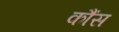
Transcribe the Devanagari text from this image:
कौंस